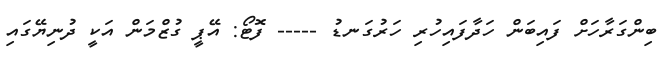
ބިންގަރާހަށް ފައިބަން ހަދާފައިހުރި ހަރުގަނޑު ----- ފޮޓޯ: އޭޕީ ގުޒްމަން އަކީ ދުނިޔޭގައި